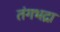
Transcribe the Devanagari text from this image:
तंगभद्रा